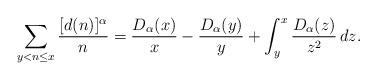
LaTeX: \begin{align*} \sum_{y < n \leq x} \frac{[d(n)]^\alpha}{n} = \frac{D_\alpha(x)}{x}-\frac{D_\alpha(y)}{y}+ \int_y^x \frac{D_\alpha(z)}{z^2}\, dz. \end{align*}